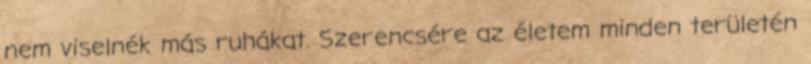
nem viselnék más ruhákat. Szerencsére az életem minden területén